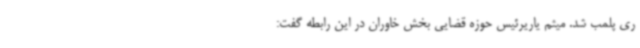
ری پلمب شد. میثم یاریرئیس حوزه قضایی بخش خاوران در این رابطه گفت: